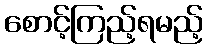
စောင့်ကြည့်ရမည့်